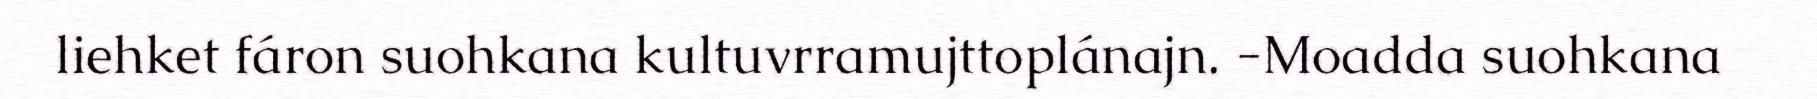
liehket fáron suohkana kultuvrramujttoplánajn. -Moadda suohkana